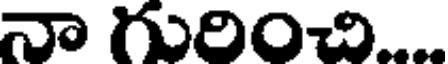
నా గురించి...